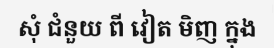
សុំ ជំនួយ ពី វៀត មិញ ក្នុង